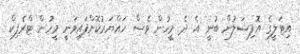
އިޓަލީގެ އޮފިޝަލުން ބުނީ އެ ދެ މީހުން ވެސް ހައްޔަރުކޮށްފައިވަނީ މީހުން ޓްރެފިކް